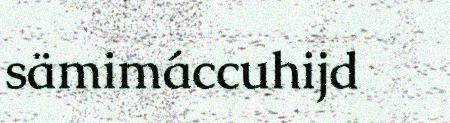
sämimáccuhijd